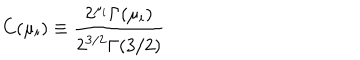
C ( \mu _ { i } ) \equiv { \frac { 2 ^ { \mu _ { i } } \Gamma ( \mu _ { i } ) } { 2 ^ { 3 / 2 } \Gamma ( 3 / 2 ) } }